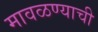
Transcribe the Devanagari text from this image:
मावळण्याची